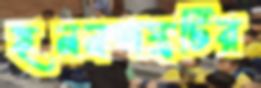
হননশস্ত্রটির